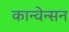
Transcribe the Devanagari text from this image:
कान्वेन्सन